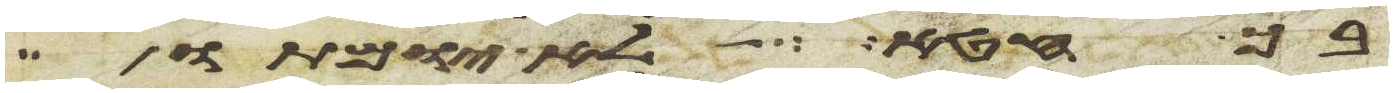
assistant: בך חטא לא יומתו